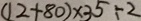
( 1 2 + 8 0 ) \times 3 5 \div 2